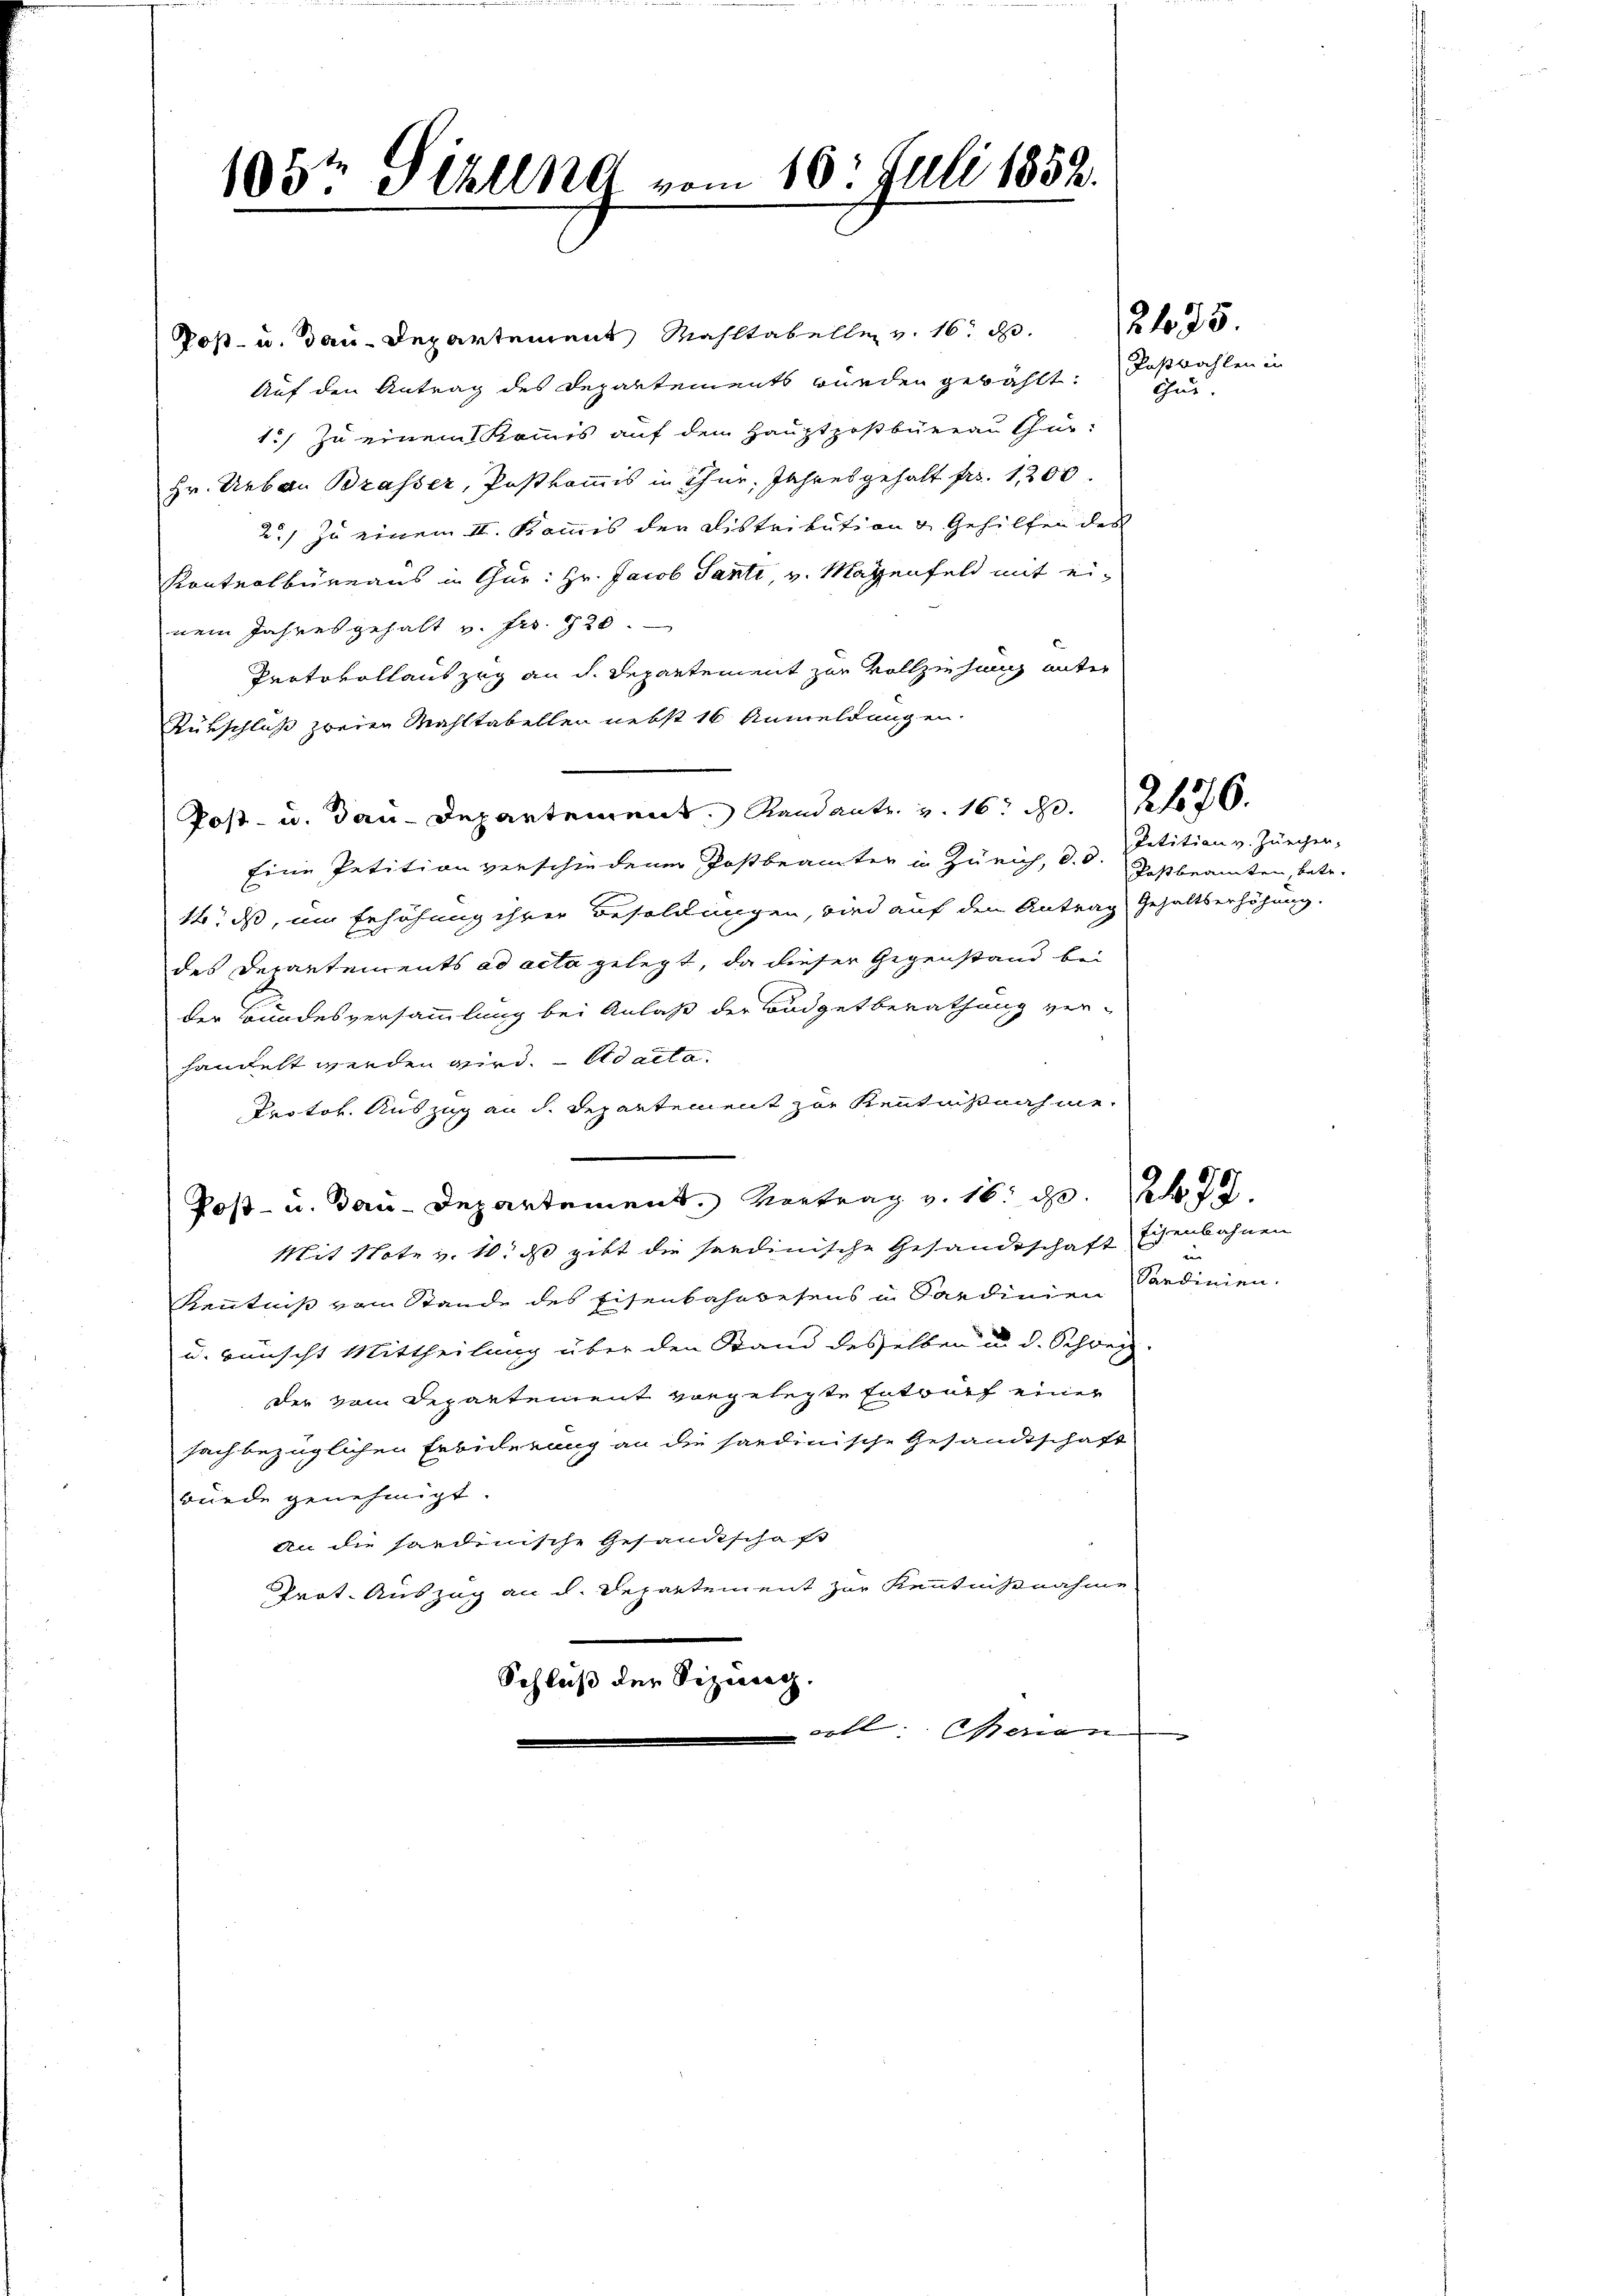
Poß- u. dau-Departement, Mahltabelle v. 16. d.
Auf den Antrag des Departements würden gewählt:
1.) Zu einem Kommis auf dem Hauptpostbüreau Chur-
Hr. Urban Brasser, Postkommis in Thur. Jahresgehalt fr. 1200.
2.) Zu einem II. Kommis der Distribution v. Gehilfen des
Kontrolbüreaus in Gur: Hr. Jacob Santi, v. Magenfeld mit einem Jahresgehalt v. Fr. 720.
Protokollauszug an d. Departement zur Vollziehung unter
Rünschluß zweien Mahltabellen nebst 16 Anmeldungen.
Post- u. Bau-Departement. Randants. v. 16. d. 276.
Eine Petition verschiedener Postbeamter in Zürich, d. d. Postbeamten, betr.
14. ds, um Erhöhung ihrer Besoldungen, wird auf den Antrag Gehaltserhöhung.
des Decantements ad acta gelegt, da dieser Gegenstand bei
der Bundesversammlung bei Anlaß der Budgetberathung verhandelt werden wird. - Adalla
Protor. Auszug an d. Repartement zur Kenntnißnahme
Post- u. Bau-Departement. Vortrag v. 16. d. 7.
Mit Note v. 10. ds gibt die sardinische Gesandtschaft
Kenntniß vom Stande des Eisenbahnwesens in Sardinien Sardinien.
u. wünscht Mittheilung über den Stand desselben u. d. Schweiz
der vom Departement vorgelegte Entwurf einer
sachbezüglichen Erbiderung an die sardinische Gesandtschaft
würde genehmigt.
An die handenische Gesandtschaft
Prot. Auszug an d. Departement zur Kenntnißnahme.
Schluß der Sizung.
ill: Genan

193t Pikling vom 10. Juli 1852.

2 f 35

Kaßbahlen in
Gue

Petition v. Zürchen,

Eisenbahnen
ven |